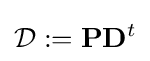
{\mathcal {D}}:=\mathbf {P} \mathbf {D} ^{t}